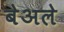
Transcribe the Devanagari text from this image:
बेअले